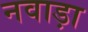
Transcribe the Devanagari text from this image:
नवाड़ा